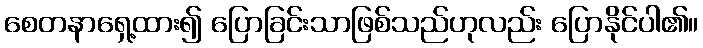
စေတနာရှေ့ထား၍ ပြောခြင်းသာဖြစ်သည်ဟုလည်း ပြောနိုင်ပါ၏။